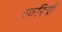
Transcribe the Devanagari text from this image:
स्वरित्रों